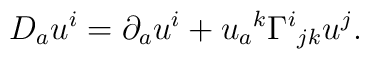
D_a u^i=\partial_a u^i+u_a{}^k\Gamma^i{}_{jk}u^j.